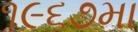
૧૯૬૭મા